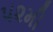
૫૨મી